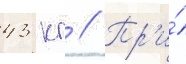
43 кг // Пр'и́